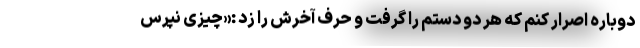
دوباره اصرار کنم که هر دو دستم را گرفت و حرف آخرش را زد :«چیزی نپرس